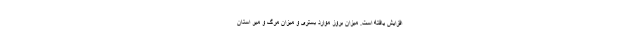
افزایش یافته است. میزان بروز موارد بستری و میزان مرگ و میر استان